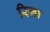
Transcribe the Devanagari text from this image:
रिला